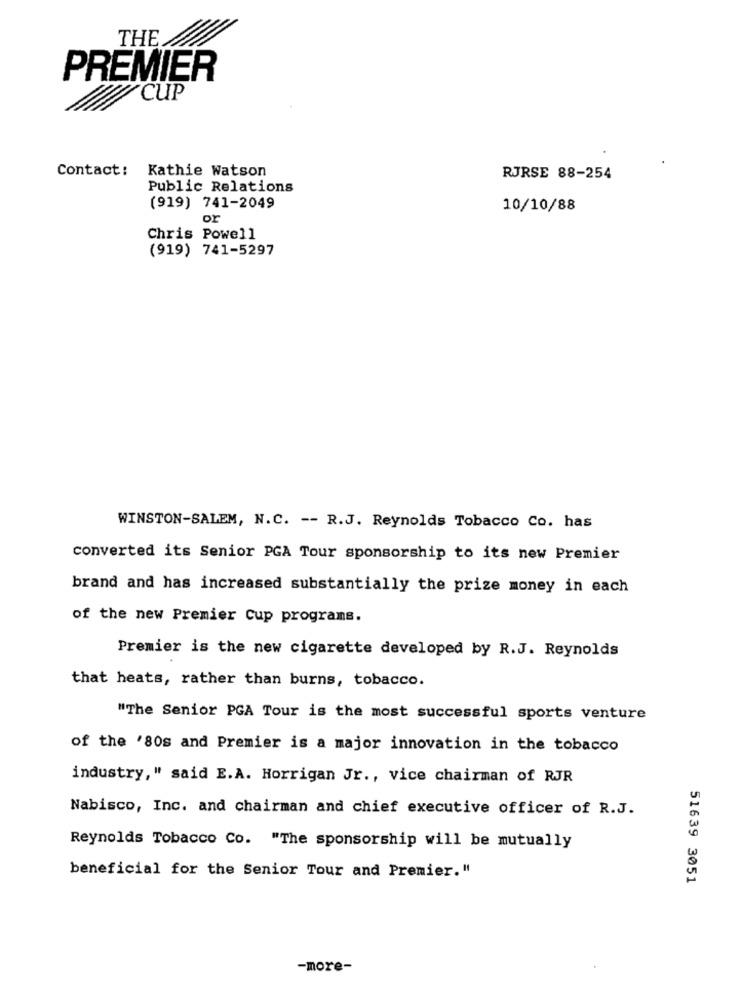
THE
PREMIER
"CUP
Contact:
Kathie Watson
RJRSE 88-254
Public Relations
(919) 741-2049
10/10/88
or
Chris Powell
(919) 741-5297
WINSTON-SALEM, N.C. -- R.J. Reynolds Tobacco Co. has
converted its Senior PGA Tour sponsorship to its new Premier
brand and has increased substantially the prize money in each
of the new Premier Cup programs.
Premier is the new cigarette developed by R.J. Reynolds
that heats, rather than burns, tobacco.
"The Senior PGA Tour is the most successful sports venture
of the '80s and Premier is a major innovation in the tobacco
industry," said E.A. Horrigan Jr ., vice chairman of RJR
Nabisco, Inc. and chairman and chief executive officer of R.J.
Reynolds Tobacco Co. "The sponsorship will be mutually
beneficial for the Senior Tour and Premier. "
51639 3051
-more-